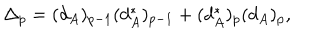
\Delta _ { p } = ( d _ { A } ) _ { p - 1 } ( d _ { A } ^ { * } ) _ { p - 1 } + ( d _ { A } ^ { * } ) _ { p } ( d _ { A } ) _ { p } ,